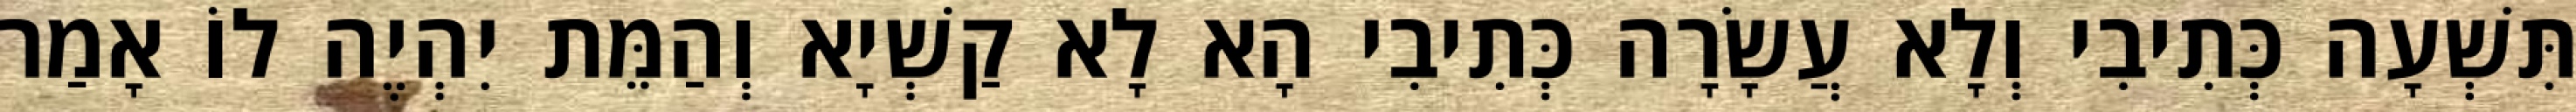
תִּשְׁעָה כְּתִיבִי וְלָא עֲשָׂרָה כְּתִיבִי הָא לָא קַשְׁיָא וְהַמֵּת יִהְיֶה לוֹ אָמַר